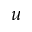
\boldsymbol { u }